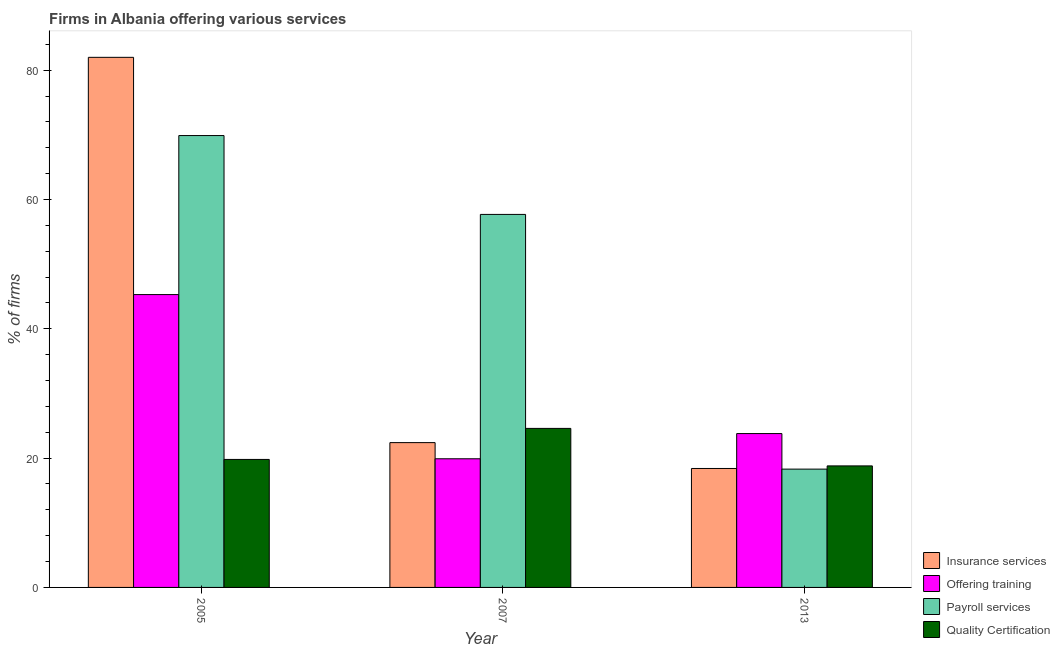
| Year | Insurance services | Offering training | Payroll services | Quality Certification |
 | --- | --- | --- | --- | --- |
 | 2005 | 82 | 45.3 | 69.9 | 19.8 |
 | 2007 | 22.4 | 19.9 | 57.7 | 24.6 |
 | 2013 | 18.4 | 23.8 | 18.3 | 18.8 |